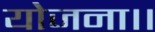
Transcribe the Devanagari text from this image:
योजना।।